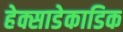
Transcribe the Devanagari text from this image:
हेक्साडेकाडिक